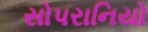
સોપરાનિયો